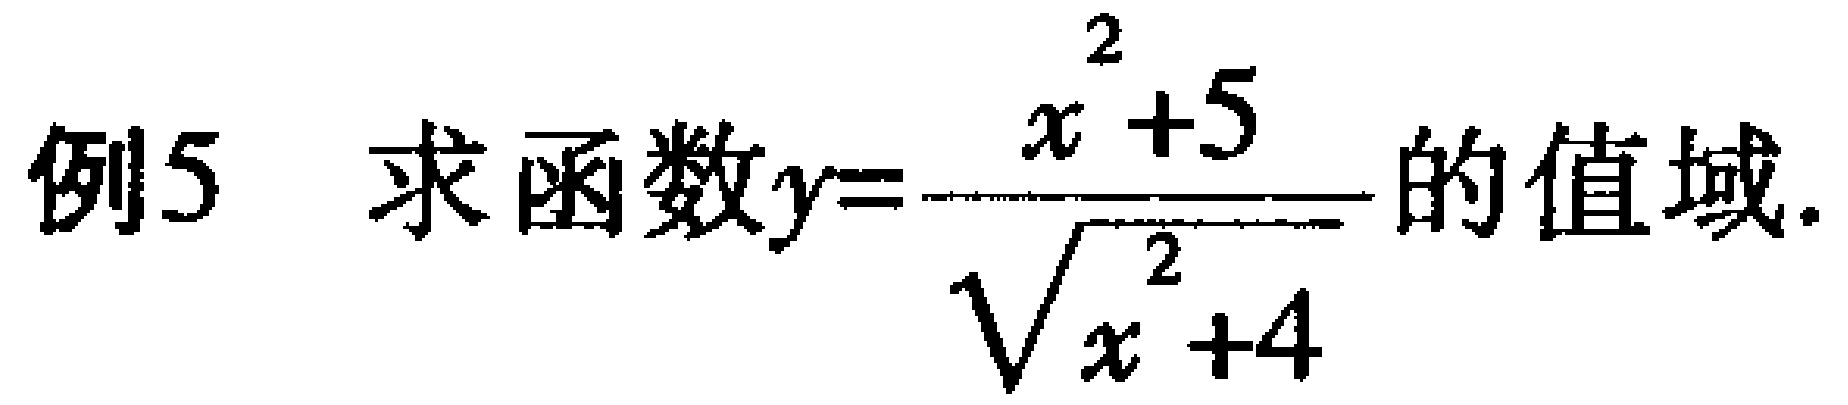
例5 求函数\(y = \frac{x^{2}+5}{\sqrt{x^{2}+4}}\)的值域.